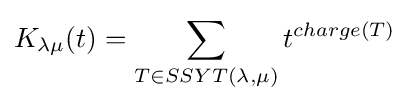
K_{\lambda \mu }(t)=\sum _{T\in SSYT(\lambda ,\mu )}t^{charge(T)}